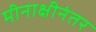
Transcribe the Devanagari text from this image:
मीनाक्षीनंतर